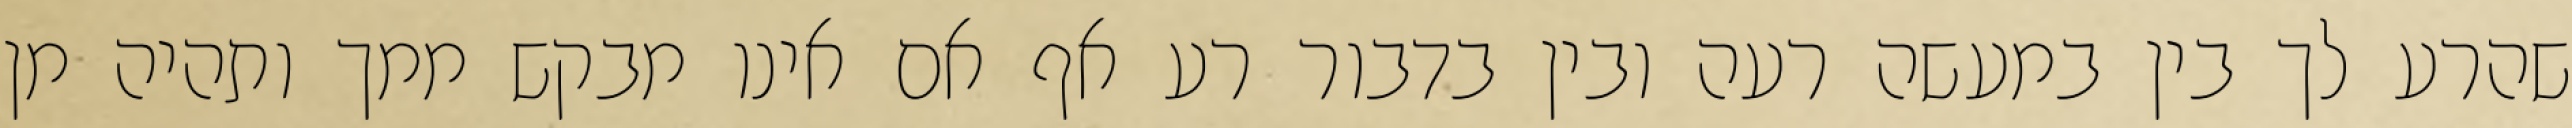
שהרע לך בין במעשה רעה ובין בדבור רע אף אם אינו מבקש ממך ותהיה מן